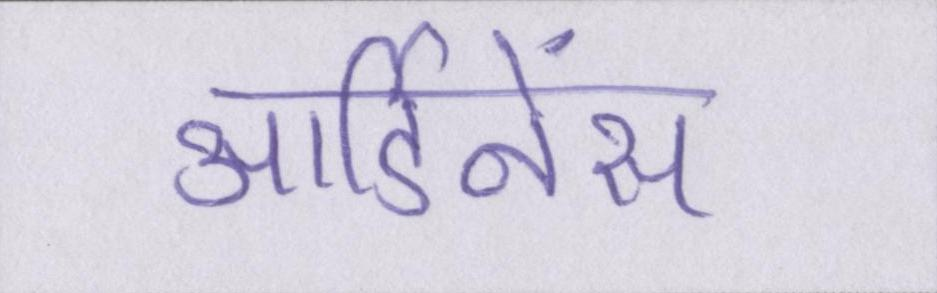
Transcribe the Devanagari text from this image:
आर्डिनेंस